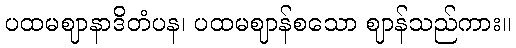
ပထမဈာနာဒိတံပန၊ ပထမဈာန်စသော ဈာန်သည်ကား။